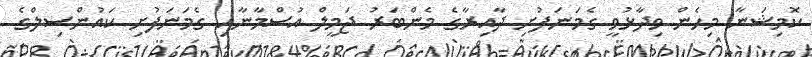
ކޮމިޝަނާ މިހެން ވިދާޅުވީ ގެމަނަފުށި ދާއިރާގެ މެންބަރު ޖަމީލް އުސްމާނާއި ގެމަނަފުށި ކައުންސިލްގެ